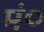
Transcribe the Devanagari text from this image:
मं०